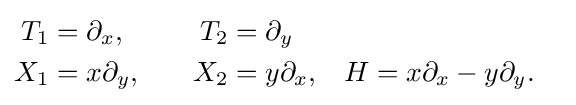
{\begin{aligned}T_{1}&=\partial _{x},&\quad T_{2}&=\partial _{y}\\X_{1}&=x\partial _{y},&\quad X_{2}&=y\partial _{x},&H&=x\partial _{x}-y\partial _{y}.\end{aligned}}